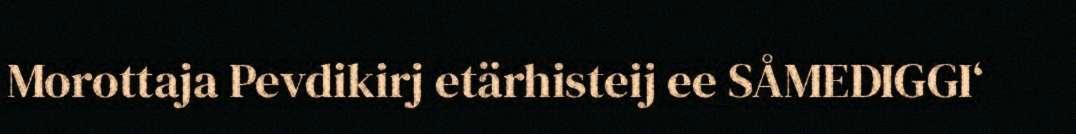
Morottaja Pevdikirj etärhisteij ee SÅMEDIGGI‘